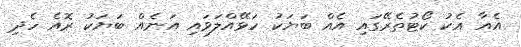
އެއާ އެކު ކޯޓުތެރޭގައި އެއް ބަޔަކު ހަޅޭއްލަވައި އަނެއް ބަޔަކު ރޮއެ ހެދި